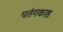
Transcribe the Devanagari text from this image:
पतंगकाष्ठ